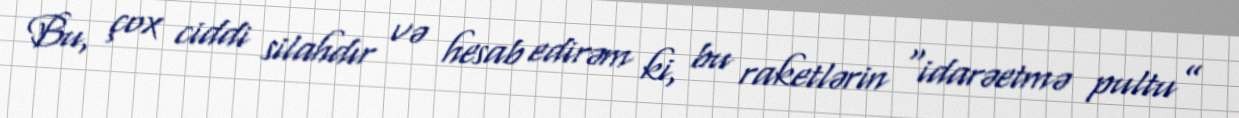
Bu, çox ciddi silahdır və hesab edirəm ki, bu raketlərin “idarəetmə pultu”